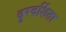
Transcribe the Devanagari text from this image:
दुरदर्शिता